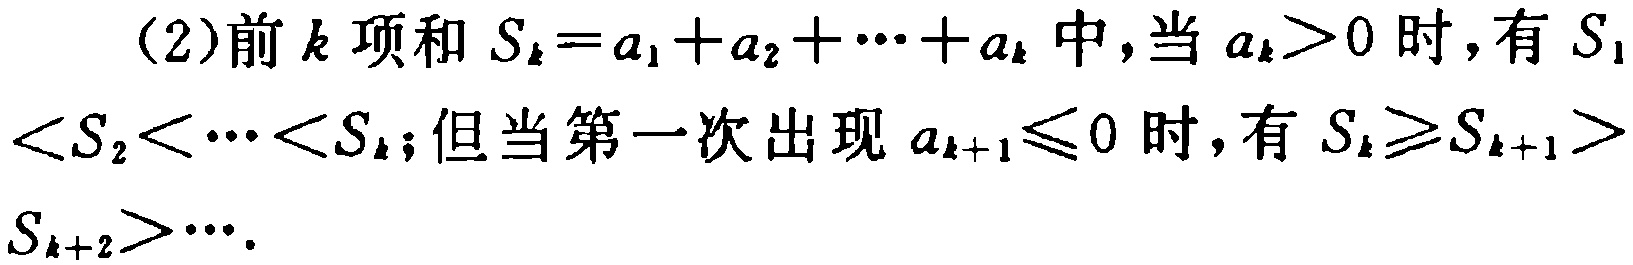
(2)前\(k\)项和\(S_{k}=a_{1}+a_{2}+\cdots +a_{k}\)中,当\(a_{k}>0\)时,有\(S_{1}<S_{2}<\cdots <S_{k}\);但当第一次出现\(a_{k + 1}\leq0\)时,有\(S_{k}\geq S_{k + 1}>S_{k + 2}>\cdots\).